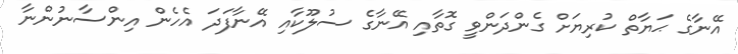
އޭނާގެ ޙަޔާތް ކުރިޔަށް ގެންދަންވީ ގޮތާއި އޭނާގެ ސުލޫކާއި އޭނާފަދަ އެހެން އިންސާނުންނާ